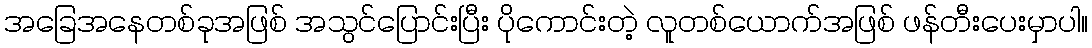
အခြေအနေတစ်ခုအဖြစ် အသွင်ပြောင်းပြီး ပိုကောင်းတဲ့ လူတစ်ယောက်အဖြစ် ဖန်တီးပေးမှာပါ။